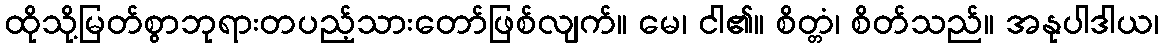
ထိုသို့မြတ်စွာဘုရားတပည့်သားတော်ဖြစ်လျက်။ မေ၊ ငါ၏။ စိတ္တံ၊ စိတ်သည်။ အနုပါဒါယ၊